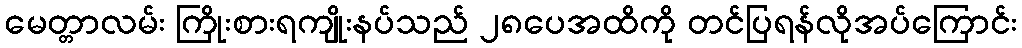
မေတ္တာလမ်း ကြိုးစားရကျိုးနပ်သည် ၂၈ပေအထိကို တင်ပြရန်လိုအပ်ကြောင်း